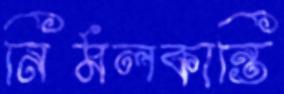
নির্মলকান্তি